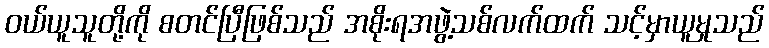
ဝယ်ယူသူတို့ကို စတင်ပြီဖြစ်သည် အစိုးရအဖွဲ့သစ်လက်ထက် သင့်မှာယူမှုသည်